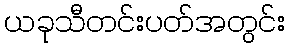
ယခုသီတင်းပတ်အတွင်း